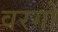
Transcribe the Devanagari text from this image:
वरगों